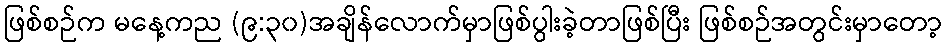
ဖြစ်စဉ်က မနေ့ကည (၉:၃၀)အချိန်လောက်မှာဖြစ်ပွါးခဲ့တာဖြစ်ပြီး ဖြစ်စဉ်အတွင်းမှာတော့